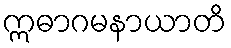
ဣဓာဂမနာယာတိ